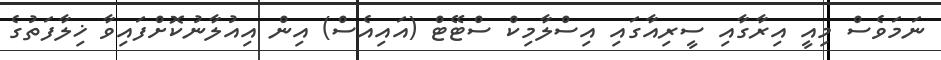
ނަމަވެސް މިއީ އިރާގާއި ސީރިއާގައި އިސްލާމިކް ސްޓޭޓް (އައިއެސް) އިން އިއުލާނުކޮށްފައިވާ ޚިލާފަތުގެ